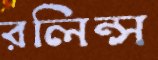
রলিন্স